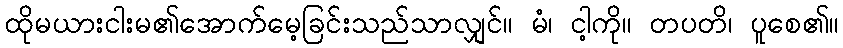
ထိုမယားငါးမ၏အောက်မေ့ခြင်းသည်သာလျှင်။ မံ၊ ငါ့ကို။ တပတိ၊ ပူစေ၏။